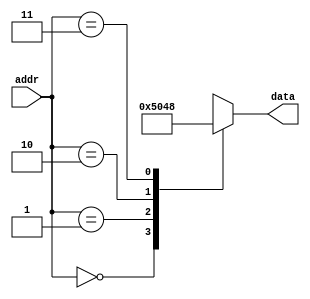
module Rom (addr, data);
  input [1:0] addr;
  output [3:0] data;

  function [3:0] rom_out;
    input [1:0] addr;
    case (addr)
      2'b00: rom_out = 4'b0101;
      2'b01: rom_out = 4'b0000;
      2'b10: rom_out = 4'b0100;
      2'b11: rom_out = 4'b1000;
      default: rom_out = 4'hx;
    endcase
  endfunction

  assign data = rom_out(addr);
endmodule